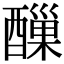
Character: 𨢪